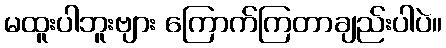
မထူးပါဘူးဗျား ကြောက်ကြတာချည်းပါပဲ။